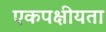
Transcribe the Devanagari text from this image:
एकपक्षीयता